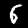
Label: 6